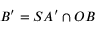
B ^ { \prime } = S A ^ { \prime } \cap O B